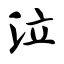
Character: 泣